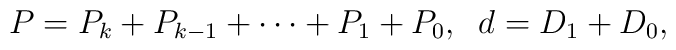
P = P_k + P_{k-1} + \cdots + P_1 + P_0, \; \; d = D_1 +D_0,